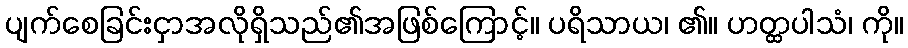
ပျက်စေခြင်းငှာအလိုရှိသည်၏အဖြစ်ကြောင့်။ ပရိသာယ၊ ၏။ ဟတ္ထပါသံ၊ ကို။